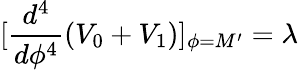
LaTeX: [\frac{d^{4}}{d\phi^{4}}(V_{0}+V_{1})]_{\phi=M^{\prime}}=\lambda